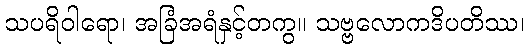
သပရိဝါရော၊ အခြံအရံနှင့်တကွ။ သဗ္ဗလောကဒိပတိဿ၊